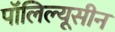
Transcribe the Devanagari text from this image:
पॉलिल्यूसीन